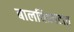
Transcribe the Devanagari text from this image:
बालचित्रपटात